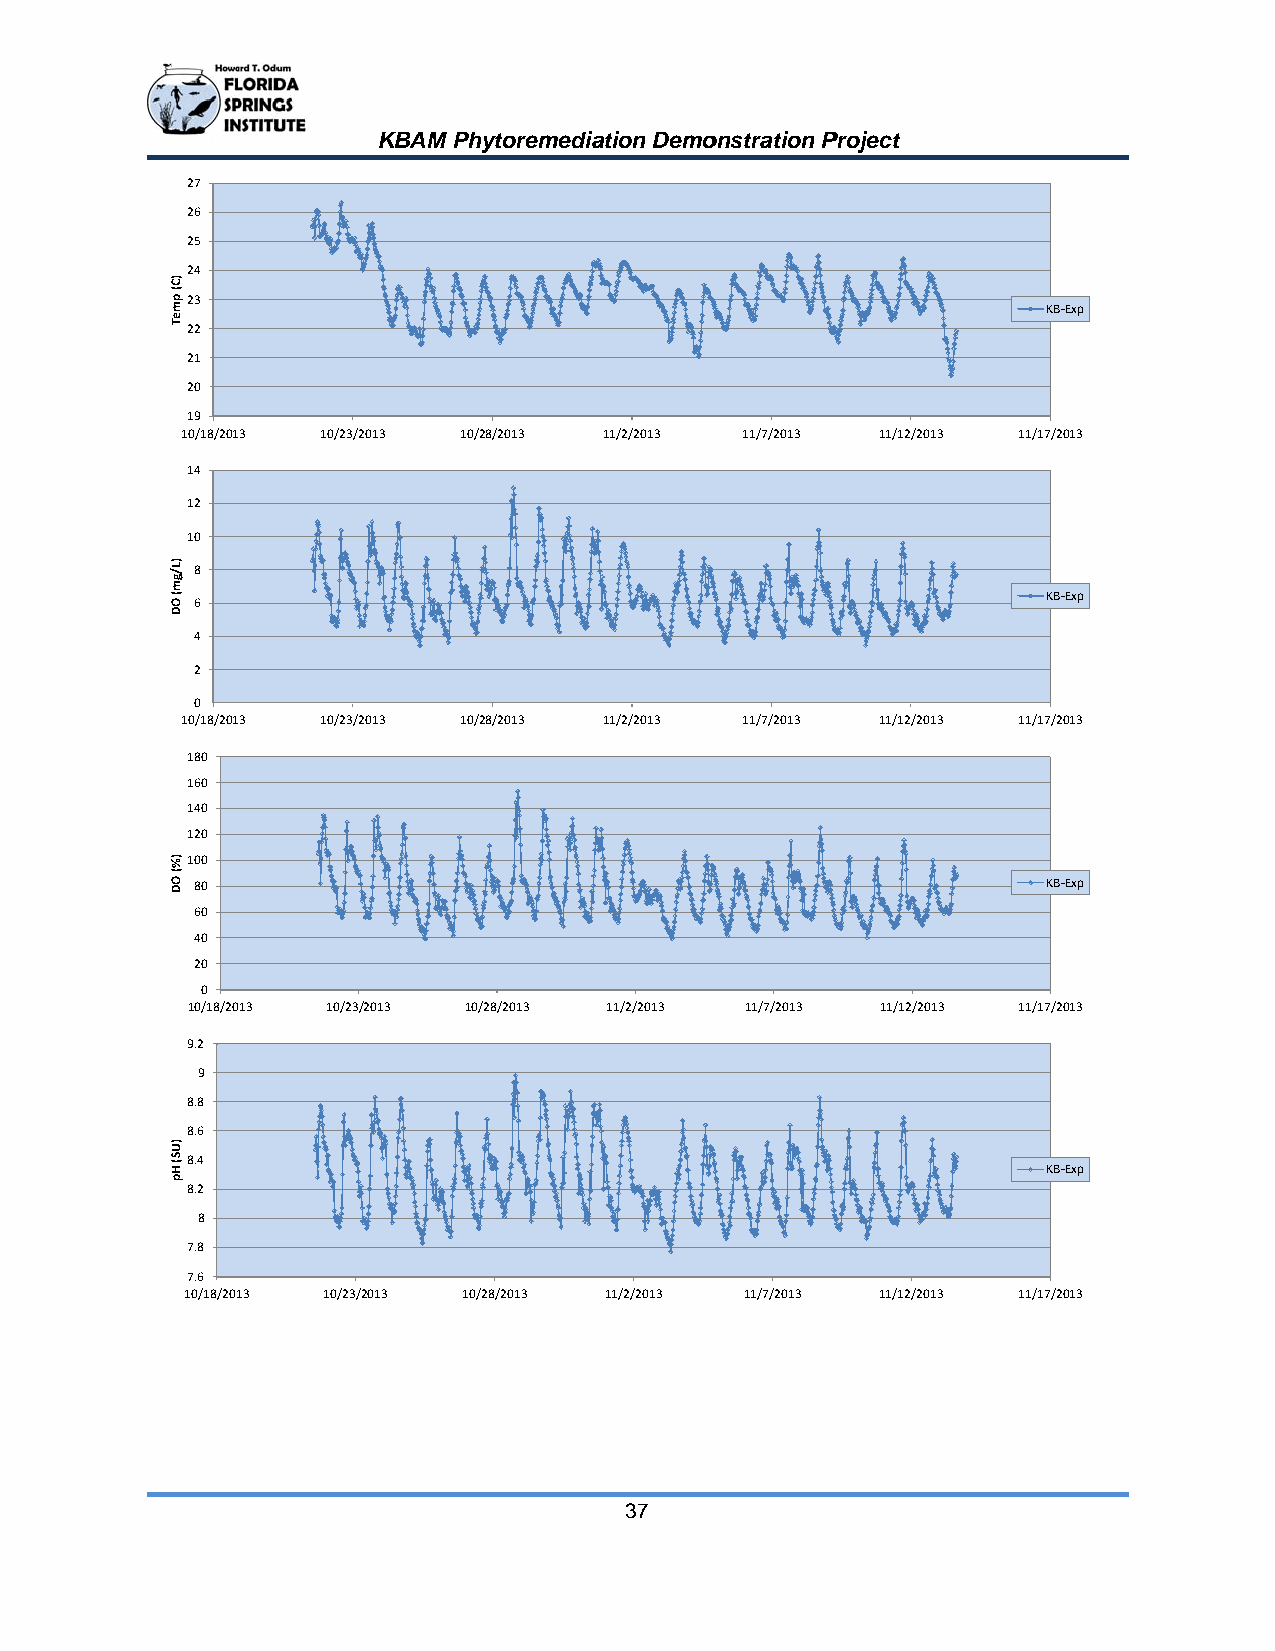
KBAM Phhytoremediaation Demoonstration PProject
 27
 26
 25
 24
 23
 KB‐Exxp
 22
 21
 20
 19
 10/18/20113 10/23//2013 10//28/2013 11/2/2013 11/7/2013 11/12/2013 11/17/20113
 14
 12
 10
 8
 KB‐Exxp
 6
 4
 2
 0
 10/18/20113 10/23//2013 10//28/2013 11/2/2013 11/7/2013 11/12/2013 11/17/20113
 180
 160
 140
 120
 100
 80                                                      KB‐Exxp
 60
 40
 20
 0
 10/18/20013 10/233/2013 100/28/2013 11/2/2013 11/7/2013 11/12/2013 11/17/20113
 9.2
 9
 8.8
 8.6
 8.4
 KB‐Exxp
 8.2
 8
 7.8
 7.6
 10/18/20113 10/23//2013 10//28/2013 11/2/2013 11/7/2013 11/12/2013 11/17/20113
 37
 )C(
 pmeT
 )L/gm(
 OD
 )%(
 OD
 )US(
 Hp